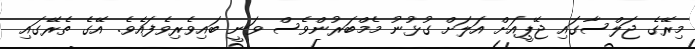
މިރޭގެ ޖަލްސާގައި ޖޭޕީއަށް އަލަށް ގުޅުނު މެމްބަރުންވެސް ވަނީ ބައިވެރިވެފައެވެ. އޭގެ ތެރޭގައި